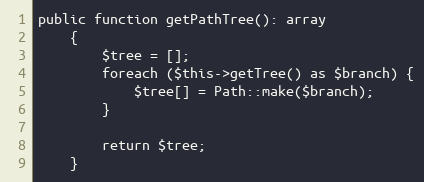
Language: PHP
public function getPathTree(): array
    {
        $tree = [];
        foreach ($this->getTree() as $branch) {
            $tree[] = Path::make($branch);
        }

        return $tree;
    }